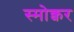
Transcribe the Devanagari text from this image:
स्मोक्वर